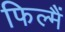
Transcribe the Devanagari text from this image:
फिल्मैं